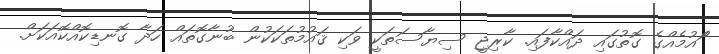
ްައުމެއްގެ ގޮތުގައި ދައްކާފައި. ކާރިޖީ ސިޔާސަތަކީ ވަކި ޤައުމުތަކަކުން ބުނާގޮތައް ހަދާ ގޮނޑިކޮއްކޮއަކަށް.